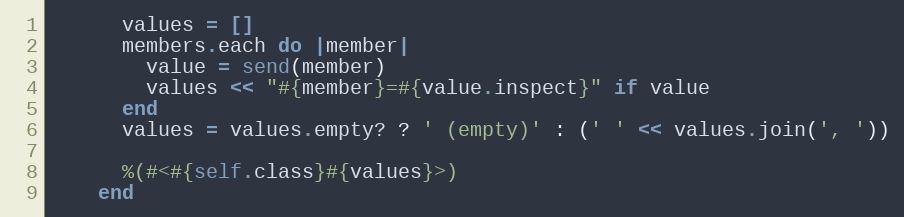
Language: Ruby
      values = []
      members.each do |member|
        value = send(member)
        values << "#{member}=#{value.inspect}" if value
      end
      values = values.empty? ? ' (empty)' : (' ' << values.join(', '))

      %(#<#{self.class}#{values}>)
    end